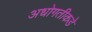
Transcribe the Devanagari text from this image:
अधोगतीकडे